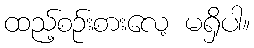
ထည့်စဉ်းစားလေ့ မရှိပါ။